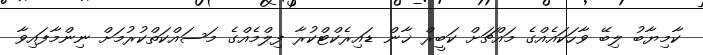
ކާމިޔާބު ލިބޭ ވާހަކައެއްގެ މައްޗަށް ކަބީރް ޚާން ޑައިރެކްޓްކުރާ ފިލްމެއްގެ މަސައްކަތްކުރުމަށް ނިންމާފައިވާ